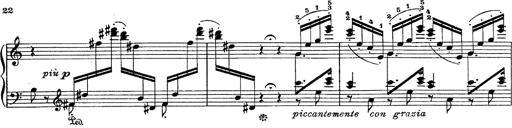
Title: Fantasie Ã¼ber Themen aus Mozarts Figaro und Don Giovanni
Composer: Franz Liszt